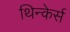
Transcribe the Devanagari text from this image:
थिन्केर्स